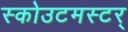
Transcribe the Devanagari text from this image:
स्कोउटमस्टर्